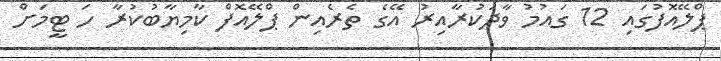
ޕްލޭއޮފުގައި 12 ގައުމު ވާދަކުރާއިރު އޭގެ ތެރެއިން ޕްލޭއޮފް ކާމިޔާބުކުރާ ހަ ޓީމަށް